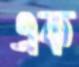
এক